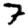
Digit: 7